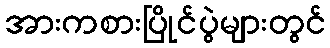
အားကစားပြိုင်ပွဲများတွင်